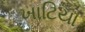
ખાટિયા